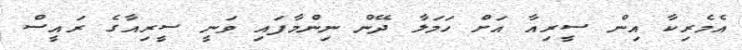
އެމެރިކާ އިން ސީރިއާ އަށް ހަމަލާ ދޭން ނިންމާފައި ވަނީ ސީރިއާގެ ރައީސް